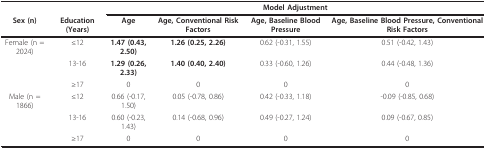
<table><thead><tr><td></td><td></td><td colspan="4"><b>Model Adjustment</b></td></tr><tr><td><b>Sex (n)</b></td><td><b>Education (Years)</b></td><td><b>Age</b></td><td><b>Age, Conventional Risk Factors</b></td><td><b>Age, Baseline Blood Pressure</b></td><td><b>Age, Baseline Blood Pressure, Conventional Risk Factors</b></td></tr></thead><tbody><tr><td>Female (n = 2024)</td><td>≤12</td><td><b>1.47 (0.43, 2.50)</b></td><td><b>1.26 (0.25, 2.26)</b></td><td>0.62 (-0.31, 1.55)</td><td>0.51 (-0.42, 1.43)</td></tr><tr><td></td><td>13-16</td><td><b>1.29 (0.26, 2.33)</b></td><td><b>1.40 (0.40, 2.40)</b></td><td>0.33 (-0.60, 1.26)</td><td>0.44 (-0.48, 1.36)</td></tr><tr><td></td><td>≥17</td><td>0</td><td>0</td><td>0</td><td>0</td></tr><tr><td>Male (n = 1866)</td><td>≤12</td><td>0.66 (-0.17, 1.50)</td><td>0.05 (-0.78, 0.86)</td><td>0.42 (-0.33, 1.18)</td><td>-0.09 (-0.85, 0.68)</td></tr><tr><td></td><td>13-16</td><td>0.60 (-0.23, 1.43)</td><td>0.14 (-0.68, 0.96)</td><td>0.49 (-0.27, 1.24)</td><td>0.09 (-0.67, 0.85)</td></tr><tr><td></td><td>≥17</td><td>0</td><td>0</td><td>0</td><td>0</td></tr></tbody></table>